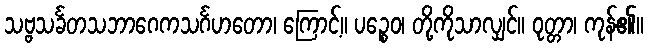
သဗ္ဗသင်္ခတသဘာဂေကသင်္ဂဟတော၊ ကြောင့်။ ပဉ္စေဝ၊ တို့ကိုသာလျှင်။ ဝုတ္တာ၊ ကုန်၏။